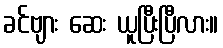
ခင်ဗျား ဆေး ယူပြီးပြီလား။